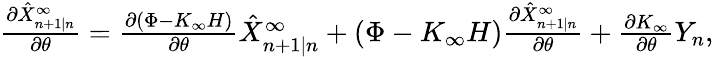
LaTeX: \begin{array}{r}{\frac{\partial\hat{X}_{n+1|n}^{\infty}}{\partial\theta}=\frac{\partial(\Phi-K_{\infty}H)}{\partial\theta}\hat{X}_{n+1|n}^{\infty}+(\Phi-K_{\infty}H)\frac{\partial\hat{X}_{n+1|n}^{\infty}}{\partial\theta}+\frac{\partial K_{\infty}}{\partial\theta}Y_{n},}\end{array}